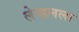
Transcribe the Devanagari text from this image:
लेव्हलला